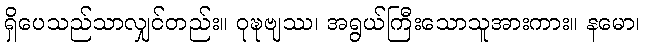
ရှိပေသည်သာလျှင်တည်း။ ဝုဍ္ဎဗျဿ၊ အရွယ်ကြီးသောသူအားကား။ နမော၊